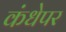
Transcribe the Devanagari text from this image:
कंधेपर